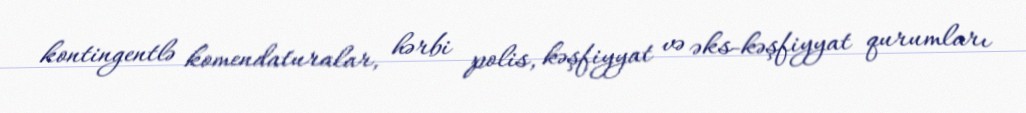
kontingentlə komendaturalar, hərbi polis, kəşfiyyat və əks-kəşfiyyat qurumları